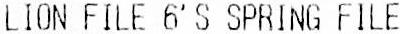
LION FILE 6'S SPRING FILE